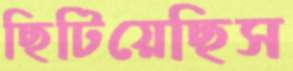
ছিটিয়েছিস